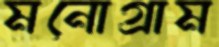
মনোগ্রাম